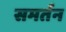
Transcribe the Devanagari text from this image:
समर्तन